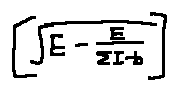
[ \sqrt { E - \frac { E } { \sum I - b } } ]